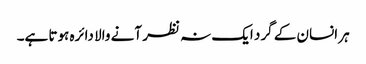
ہر انسان کے گرد ایک نہ نظر آنے والا دائرہ ہوتا ہے۔